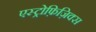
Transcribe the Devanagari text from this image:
एस्ट्रोफ़िज़िक्स